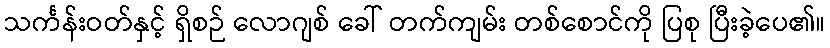
သင်္ကန်းဝတ်နှင့် ရှိစဉ် လောဂျစ် ခေါ် တက်ကျမ်း တစ်စောင်ကို ပြစု ပြီးခဲ့ပေ၏။